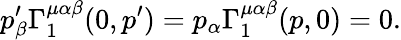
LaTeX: p_{\beta}^{\prime}\Gamma_{1}^{\mu\alpha\beta}(0,p^{\prime})=p_{\alpha}\Gamma_{1}^{\mu\alpha\beta}(p,0)=0.